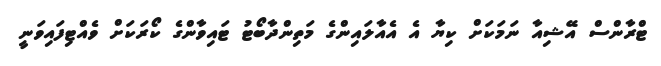
ޓްރާންސް އޭޝިއާ ނަމަކަށް ކިޔާ އެ އެއާލައިންގެ މަތިންދާބޯޓު ޓައިވާންގެ ކޯރަކަށް ވެއްޓިފައިވަނީ